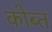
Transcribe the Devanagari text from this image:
कोब्त